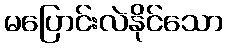
မပြောင်းလဲနိုင်သော